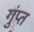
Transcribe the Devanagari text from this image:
गुंप्त